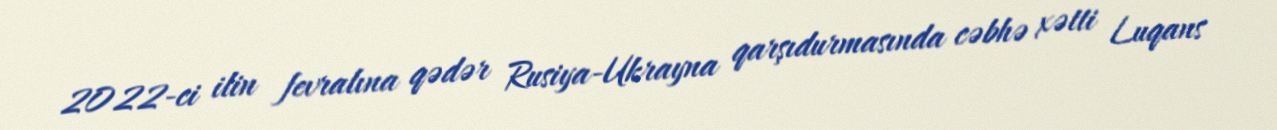
2022-ci ilin fevralına qədər Rusiya-Ukrayna qarşıdurmasında cəbhə xətti Luqans